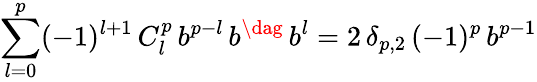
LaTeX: \sum_{l=0}^{p}(-1)^{l+1}\, C_{l}^{p}\, b^{p-l}\, b^{\dag}\, b^{l}=2\, \delta_{p,2}\, (-1)^{p}\, b^{p-1}